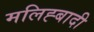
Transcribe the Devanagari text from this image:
मलिह्बादी